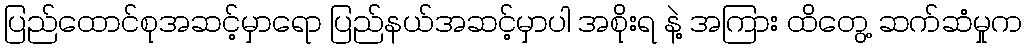
ပြည်ထောင်စုအဆင့်မှာရော ပြည်နယ်အဆင့်မှာပါ အစိုးရ နဲ့ အကြား ထိတွေ့ ဆက်ဆံမှုက